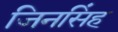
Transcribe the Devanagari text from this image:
जिनसिंह